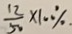
\frac { 1 2 } { 5 0 } \times 1 0 \%